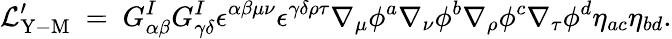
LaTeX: {\cal L}_{\mathrm{Y-M}}^{\prime}~=~G_{\alpha\beta}^{I}G_{\gamma\delta}^{I}\epsilon^{\alpha\beta\mu\nu}\epsilon^{\gamma\delta\rho\tau}\nabla_{\mu}\phi^{a}\nabla_{\nu}\phi^{b}\nabla_{\rho}\phi^{c}\nabla_{\tau}\phi^{d}\eta_{ac}\eta_{bd}.